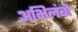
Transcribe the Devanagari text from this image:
अभिलंबों